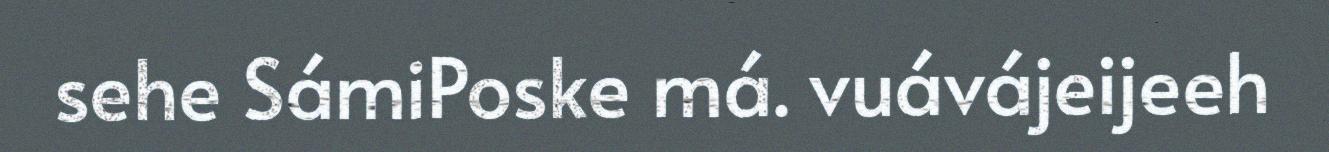
sehe SámiPoske má. vuávájeijeeh